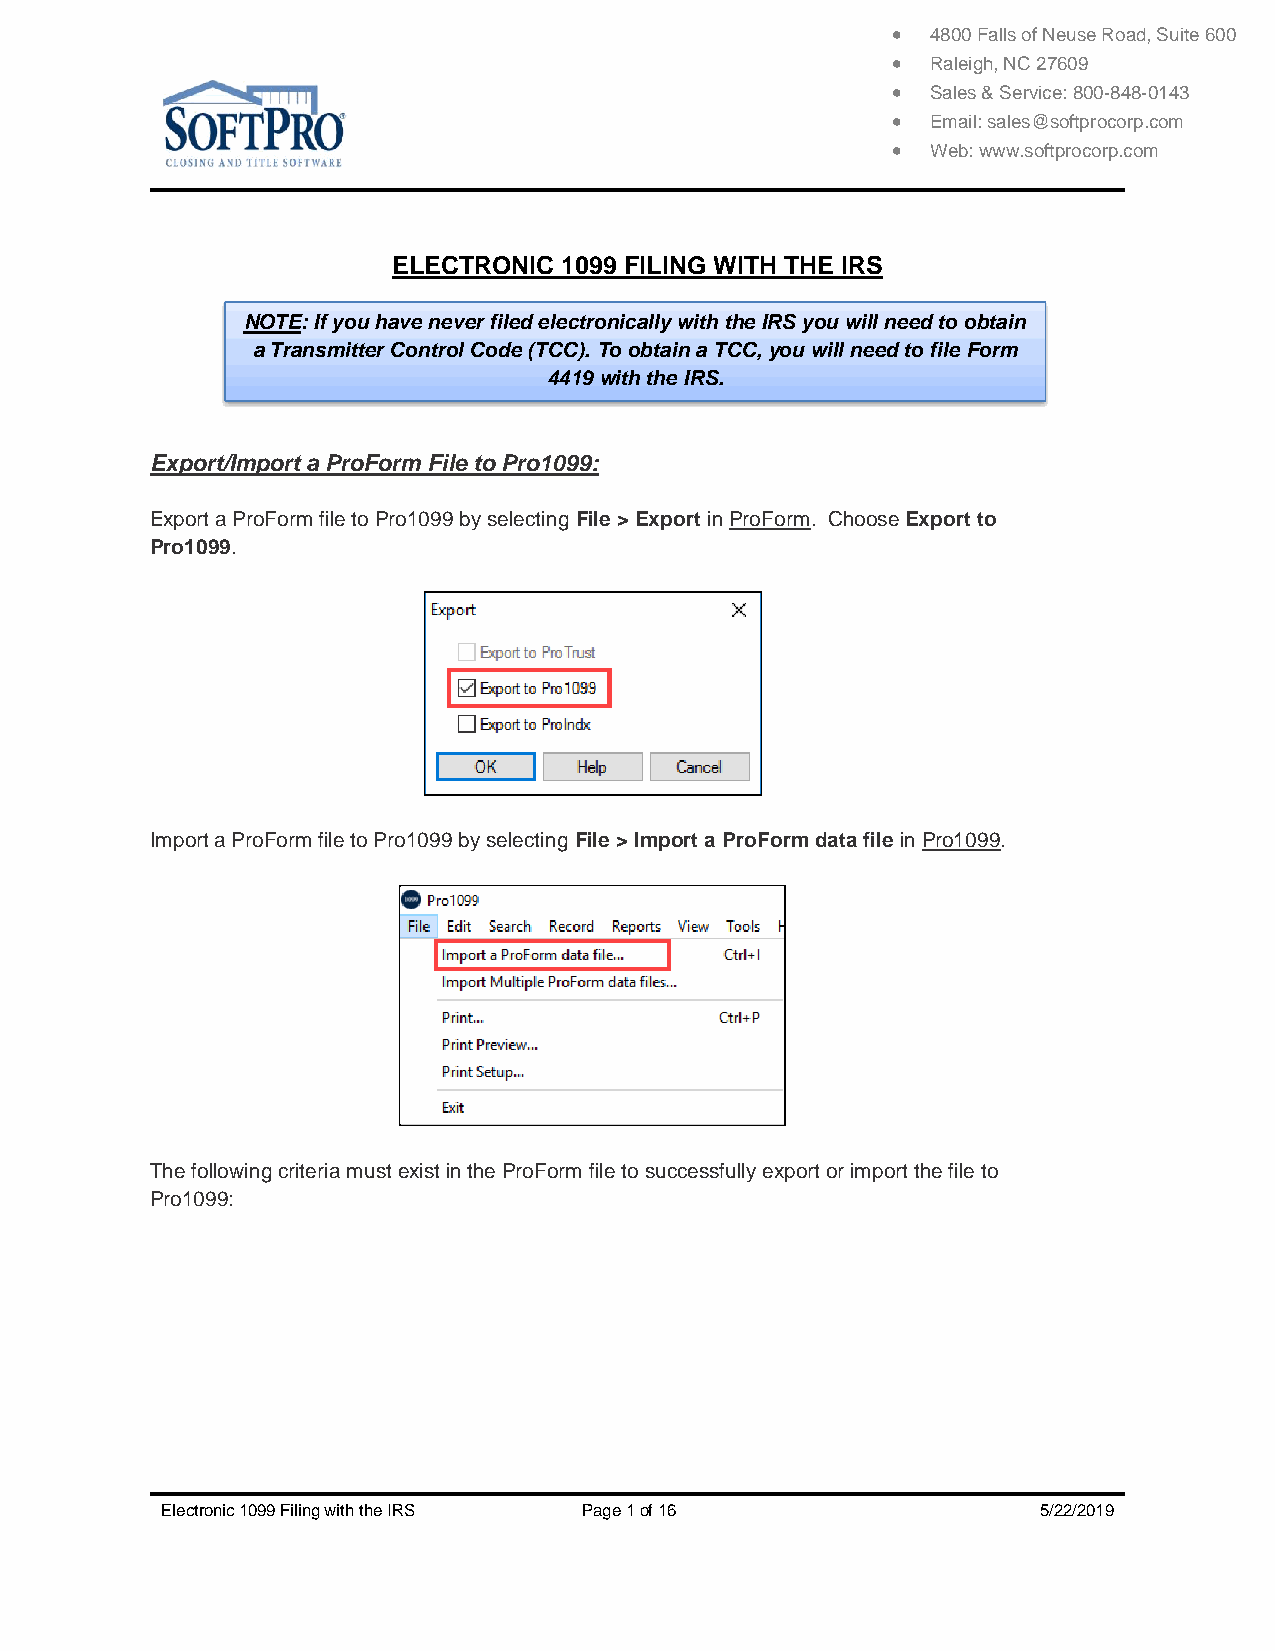
  4800 Falls of Neuse Road, Suite 600
   Raleigh, NC 27609
   Sales & Service: 800-848-0143
   Email: sales@softprocorp.com
   Web: www.softprocorp.com
 ELECTRONIC 1099 FILING WITH THE IRS
 NOTE: If you have never filed electronically with the IRS you will need to obtain
 a Transmitter Control Code (TCC). To obtain a TCC, you will need to file Form
 4419 with the IRS.
 Export/Import a ProForm File to Pro1099:
 Export a ProForm file to Pro1099 by selecting File > Export in ProForm. Choose Export to
 Pro1099.
 Import a ProForm file to Pro1099 by selecting File > Import a ProForm data file in Pro1099.
 The following criteria must exist in the ProForm file to successfully export or import the file to
 Pro1099:
 Electronic 1099 Filing with the IRS Page 1 of 16          5/22/2019